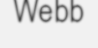
Webb